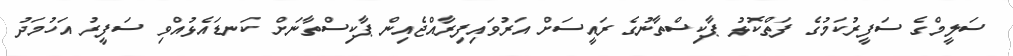
ސަލީމްގެ ސަފީރުކަމުގެ ފަތްކޮޅު ޕާކިސްތާނުގެ ރައީސަށް އަރުވައިފިރާއްޖެއިން ޕާކިސްތާނަށް ކަނޑައެޅުއްވި ސަފީރު އަހުމަދު